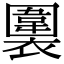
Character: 𧝖